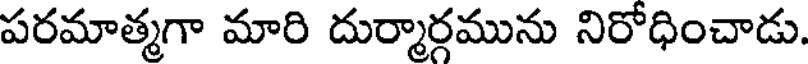
పరమాత్మగా మారి దుర్మార్గమును నిరోధించాడు.